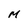
Character: M